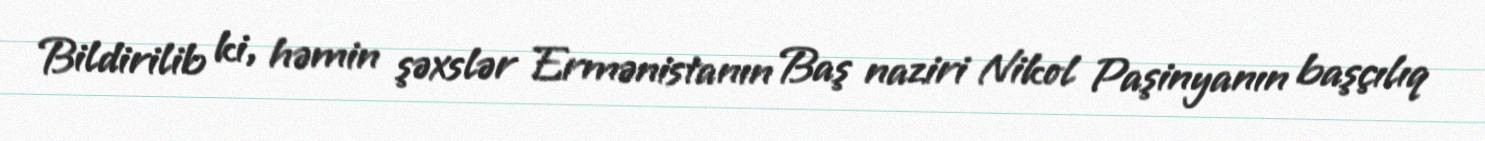
Bildirilib ki, həmin şəxslər Ermənistanın Baş naziri Nikol Paşinyanın başçılıq